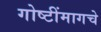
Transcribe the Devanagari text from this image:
गोष्टींमागचे